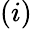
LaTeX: {(i)}